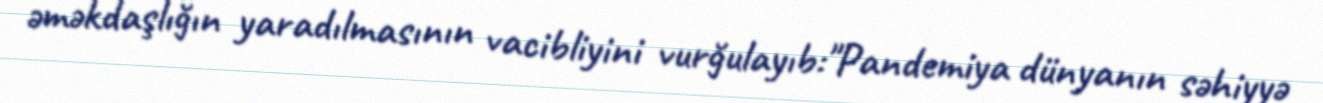
əməkdaşlığın yaradılmasının vacibliyini vurğulayıb:"Pandemiya dünyanın səhiyyə